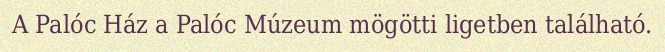
A Palóc Ház a Palóc Múzeum mögötti ligetben található.